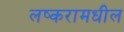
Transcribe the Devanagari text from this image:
लष्करामधील